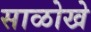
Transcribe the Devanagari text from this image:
साळोखे